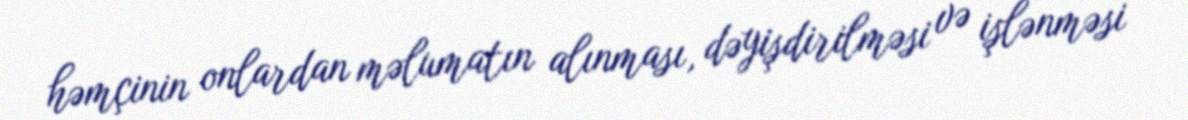
həmçinin onlardan məlumatın alınması, dəyişdirilməsi və işlənməsi